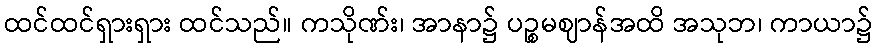
ထင်ထင်ရှားရှား ထင်သည်။ ကသိုဏ်း၊ အာနာ၌ ပဉ္စမဈာန်အထိ အသုဘ၊ ကာယာ၌